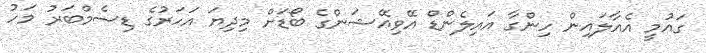
ގައުމީ އެއާލައިން ހިންގާ އައިލެންޑް އޭވިއޭޝަންގެ ބޯޑަށް މިދިޔަ އަހަރުގެ ޑިސެމްބަރު މަހު